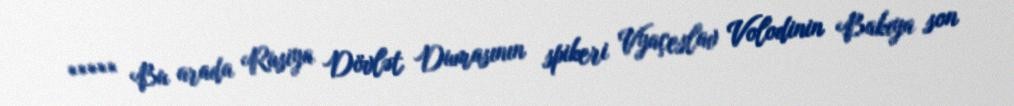
***** Bu arada Rusiya Dövlət Dumasının spikeri Vyaçeslav Volodinin Bakıya son